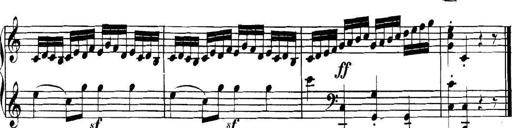
Title: Collected Piano Sonatas
Composer: Muzio Clementi